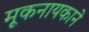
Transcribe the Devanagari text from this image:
मूकनायकाने